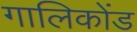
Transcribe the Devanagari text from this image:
गालिकोंड